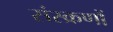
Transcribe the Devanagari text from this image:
संस्क्रणों